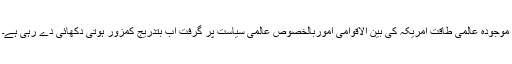
موجودہ عالمی طاقت امریکہ کی بین الاقوامی اموربالخصوص عالمی سیاست پر گرفت اب بتدریج کمزور ہوتی دکھائی دے رہی ہے۔